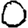
Digit: 0